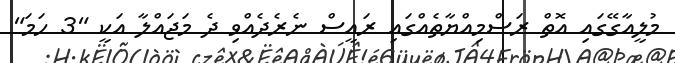
މުލީއާގޭގައި އޮތް ރަސްމިއްޔާތެއްގައި ރައީސް ނެރެދެއްވި ދެ މަޖައްލާ އަކީ "3 ހަމަ"